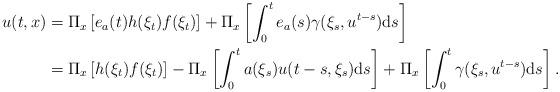
LaTeX: \begin{align*}u(t,x)&=\Pi_{x}\left[e_{a}(t)h(\xi_{t})f(\xi_{t})\right]+\Pi_{x}\left[\int_{0}^{t}e_{a}(s)\gamma(\xi_{s},u^{t-s}){\rm d}s\right]\\&=\Pi_{x}\left[h(\xi_{t})f(\xi_{t})\right]-\Pi_{x}\left[\int_{0}^{t}a(\xi_{s})u(t-s,\xi_{s}){\rm d}s\right]+\Pi_{x}\left[\int_{0}^{t}\gamma(\xi_{s},u^{t-s}){\rm d}s\right].\end{align*}